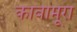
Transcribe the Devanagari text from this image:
कावामूरा